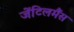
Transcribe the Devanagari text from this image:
जेंटिलमैंस